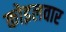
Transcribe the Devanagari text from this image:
कोइलवार